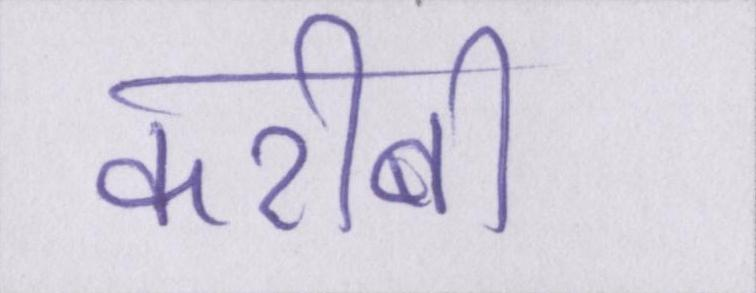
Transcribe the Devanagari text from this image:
करीबी